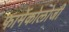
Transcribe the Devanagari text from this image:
फार्मेकोलोजी